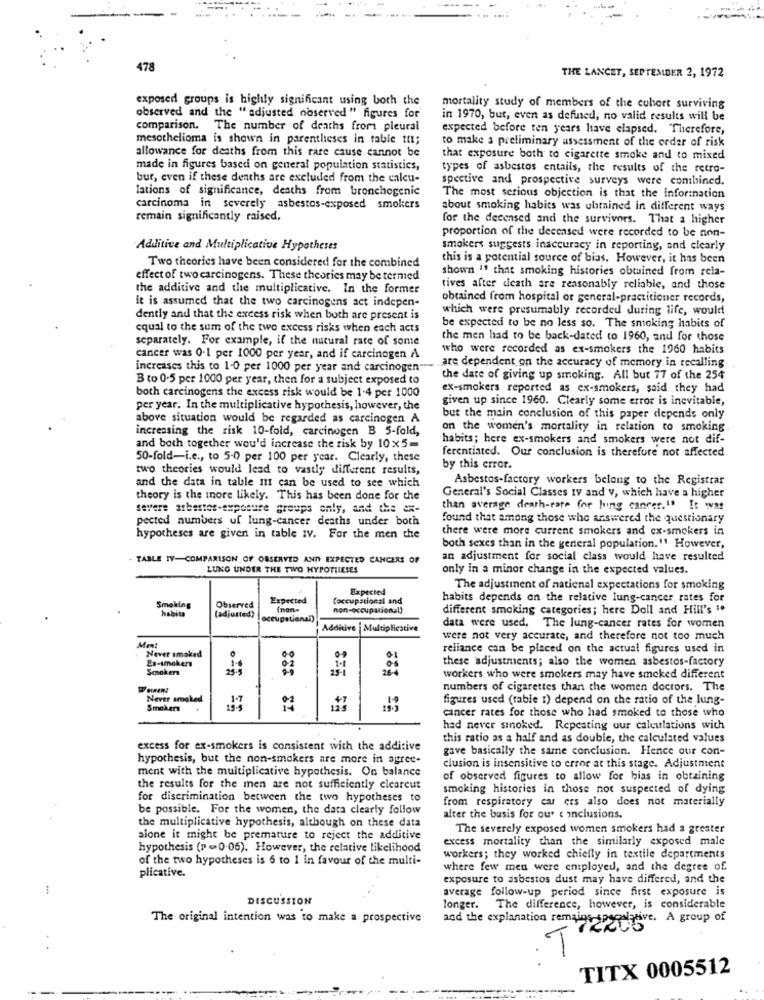
478
THE LANCET, SEPTEMBER 2, 1972
exposed groups is highly significant using both the
mortality study of members of the cohort surviving
observed and the "adjusted observed" figures for
in 1970, but, even as defined, no valid results will be
comparison. The number of deaths from pleural
expected before ten years have elapsed. Therefore,
mesothelioma is shown in parentheses in table tit;
to make a preliminary assessment of the order of risk
allowance for deaths from this rare cause cannot be
that exposure both to cigarette smoke and to mixed
made in figures based on general population statistics,
types of asbestos entails, the results of the retro-
bur, even if these deaths are excluded from the calcu-
spective and prospective surveys were combined.
lations of significance, deaths from bronchogenic
The most serious objection is that the information
carcinoma in severely asbestos-exposed smokers
about smoking habits was obtained in different ways
remain significantly maised.
for the deceased and the survivors. That a higher
proportion of the deceased were recorded to be non-
Additive and Multiplicative Hypotheses
smokers suggests inaccuracy in reporting, and clearly
this is a potential source of bias. However, it has been
Two theories have been considered for the combined
shown " that smoking histories obtained from rela-
effect of two carcinogens. These theories may be termed
the additive and the multiplicative. In the former
tives after death are reasonably reliable, and those
it is assumed that the two carcinogens act indepen-
obtained from hospital or general-practitioner records,
which were presumably recorded during life, would
dently and that the excess risk when both are present is
equal to the sum of the two excess risks when each acts
be expected to be no less so. The smoking habits of
separately. For example, if the natural rate of some
the men had to be back-dated to 1960, and for those
who were recorded as ex-smokers the 1960 habits
cancer was 0-1 per 1000 per year, and if carcinogen A
are dependent on the accuracy of memory in recalling
increases this to 1-0 per 1000 per year and carcinogen ---
B to 0.5 per 1000 per year, then for a subject exposed to
the date of giving up stroking. All but 77 of the 254
both carcinogens the excess risk would be 1.4 per 1000
ex-smokers reported as ex-smokers, said they had
given up since 1960. Clearly some error is inevitable,
per year. In the multiplicative hypothesis, however, the
above situation would be regarded as carcinogen A
but the main conclusion of this paper depends only
increasing the risk 10-fold, carcinogen B 5-fold,
on the women's mortality in relation to smoking
habits; here ex-smokers and smokers were not dif-
and both together wou'd increase the risk by 10x5-
ferentiated. Our conclusion is therefore not affected
50-fold-i.e ., to 5-0 per 100 per year. Clearly, these
two theories would lead to vastly different results,
by this error.
Asbestos-factory workers belong to the Registrar
and the data in table It can be used to see which
theory is the more likely. This has been done for the
General's Social Classes IV and v, which have a higher
severe atbastos-exposure groups only, and the ex-
than average death-rate for hing cancer."" It was
pected numbers uf lung-cancer deaths under both
found that among those who answered the questionary
there were more current smokers and ex-smokers in
hypotheses are given in table IV. For the men che
both sexes than in the general population." However,
TABLE IV-COMPARISON OF OBSERVED AND EXPECTED CANCERS OF
an adjustment for social class would have resulted
LUNG UNDER THE TWO HYPOTLIESES
only in a minor change in the expected values.
Expected
The adjustinent of national expectations for smoking
Expected
Coccupationsl and
habits depends on the relative lung-cancer rates for
Smoking
habita
Observed
(adjusted)
different smoking categories; here Doll and Hill's ".
occupational)
Additive | Multiplicative
data were used. The lung-cancer rates for women
Ment
were not very accurate, and therefore not too much
Never smoked
reliance can be placed on the actual figures used in
En-smokers
these adjustments; also the women asbestos-factory
Smokers
01
25-
workers who were smokers may have smoked different
numbers of cigarettes than the women doctors. The
Never smoked
1.9
figures used (table 1) depend on the ratio of the lung-
Smokers
cancer rates for those who had smoked to those who
had never sinoked. Repeating our calculations with
this ratio as a half and as double, the calculated values
excess for ex-smokers is consistent with the additive
gave basically the same conclusion. Hence our con-
hypothesis, but the non-smokers are more in agree-
ment with the multiplicative hypothesis. On balance
clusion is insensitive to error at this stage. Adjustment
of observed figures to allow for bias in obtaining
the results for the men are not sufficiently clearcut
smoking histories in those not suspected of dying
for discrimination between the two hypotheses to
from respiratory car ers also does not materially
be possible. For the women, the data clearly follow
alter the basis for our e inclusions.
the multiplicative hypothesis, although on these data
The severely exposed women smokers had a greater
alone it might be premature to reject the additive
excess mortality than the similarly exposed male
hypothesis (p =0.06). However, the relative likelihood
of the two hypotheses is 6 to 1 in favour of the multi-
workers; they worked chiefly in textile departments
plicative.
where few men were employed, and the degree of.
exposure to asbestos dust may have differed, and the
average follow-up period since first exposure is
DISCUSSION
longer. The difference, however, is considerable
The original intention was to make a prospective
and the explanation remains-speculative. A group of
T
TITX 0005512